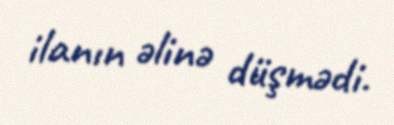
ilanın əlinə düşmədi.